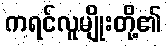
ကရင်လူမျိုးတို့၏